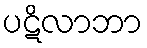
ပဋိလာဘာ